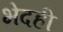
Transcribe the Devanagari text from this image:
भेदही